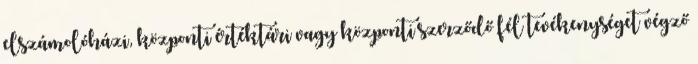
elszámolóházi, központi értéktári vagy központi szerződő fél tevékenységet végző